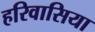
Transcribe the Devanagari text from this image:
हरिवासिया